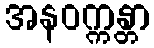
အနဝက္ကန္တာ